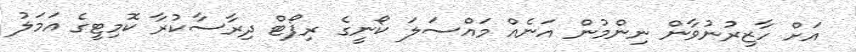
އަށް ހާޒިރުނުވާން ނިންމުން އަނެއް މައްސަލަ ކޯނީގެ ރިޕޯޓް ދިރާސާކުރާ ކޮމިޓީގެ އަމަލު